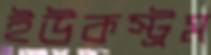
ইউকস্ট্রম